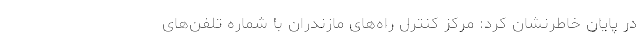
در پایان خاطرنشان کرد: مرکز کنترل راه‌های مازندران با شماره تلفن‌های